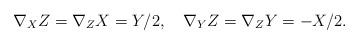
LaTeX: \begin{align*}\nabla_{X}Z=\nabla_{Z}X=Y/2,\quad\nabla_{Y}Z=\nabla_{Z}Y=-X/2.\end{align*}